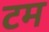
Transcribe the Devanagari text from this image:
टम